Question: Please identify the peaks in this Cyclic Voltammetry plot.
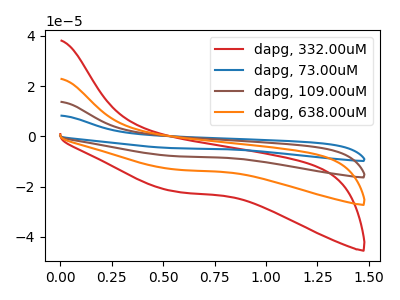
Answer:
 <answer>The red curve "dapg, 332.00uM" has no peaks. The blue curve "dapg, 73.00uM" has no peaks. The brown curve "dapg, 109.00uM" has no peaks. The orange curve "dapg, 638.00uM" has no peaks.</answer>
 <eval></eval>